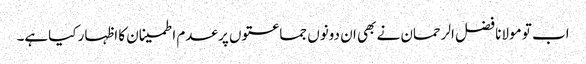
اب تو مولانا فضل الرحمان نے بھی ان دونوں جماعتوں پر عدم اطمینان کا اظہار کیاہے۔